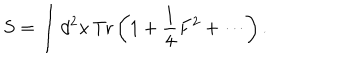
LaTeX: S = \int d ^ { 2 } x \, \mathrm { T r } \left( 1 + \frac { 1 } { 4 } F ^ { 2 } + \cdots \right) .